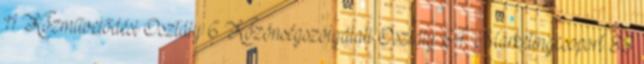
11 Közművelődési Osztály 6 Közönségszolgálati Osztály 64 Marketingcsoport 88